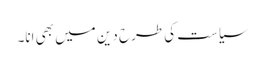
سیاست کی طرح دین میں بھی انا۔